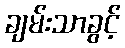
ချမ်းသာခွင့်